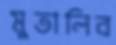
মুতালিব